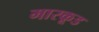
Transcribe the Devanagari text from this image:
मारकूड